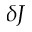
\delta J